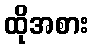
ထိုအစား